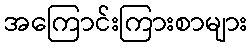
အကြောင်းကြားစာများ